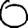
Digit: 0